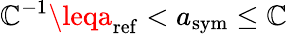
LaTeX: \mathbb{C}^{-1}\leqa_{\mathrm{{ref}}}<a_{\mathrm{{sym}}}\leq\mathbb{C}